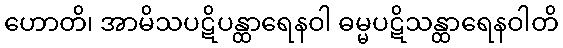
ဟောတိ၊ အာမိသပဋိပန္ထာရေနဝါ ဓမ္မပဋိသန္ထာရေနဝါတိ